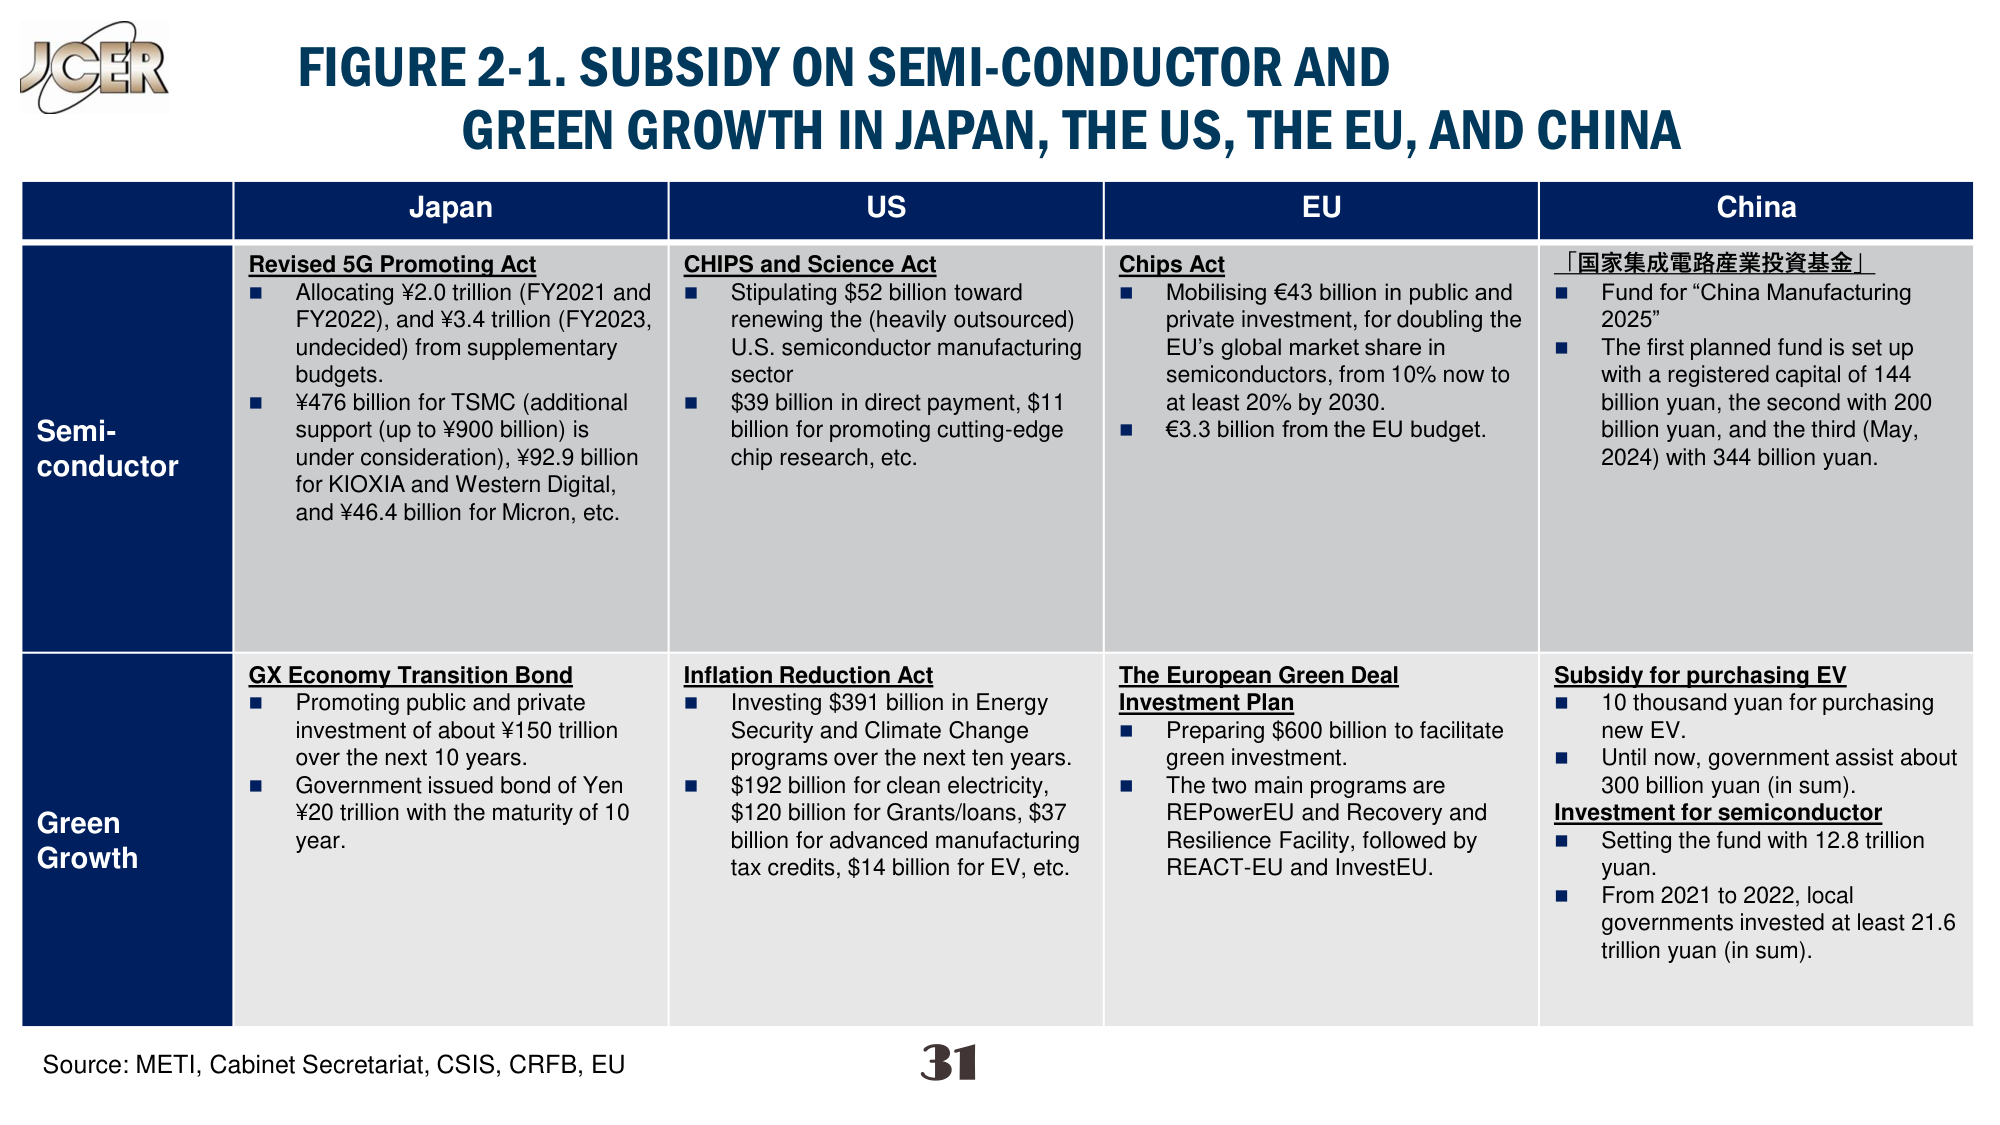
FIGURE 2-1. SUBSIDY ON SEMI-CONDUCTOR AND GREEN GROWTH IN JAPAN, THE US, THE EU, AND CHINA

Semi-conductor

Japan
Revised 5G Promoting Act
■ Allocating ¥2.0 trillion (FY2021 and FY2022), and ¥3.4 trillion (FY2023, undecided) from supplementary budgets.
■ ¥476 billion for TSMC (additional support (up to ¥900 billion) is under consideration), ¥92.9 billion for KIOXIA and Western Digital, and ¥46.4 billion for Micron, etc.

US
CHIPS and Science Act
■ Stipulating $52 billion toward renewing the (heavily outsourced) U.S. semiconductor manufacturing sector
■ $39 billion in direct payment, $11 billion for promoting cutting-edge chip research, etc.

EU
Chips Act
■ Mobilising €43 billion in public and private investment, for doubling the EU’s global market share in semiconductors, from 10% now to at least 20% by 2030.
■ €3.3 billion from the EU budget.

China
「国家集成電路産業投資基金」
■ Fund for “China Manufacturing 2025”
■ The first planned fund is set up with a registered capital of 144 billion yuan, the second with 200 billion yuan, and the third (May, 2024) with 344 billion yuan.

Green Growth

Japan
GX Economy Transition Bond
■ Promoting public and private investment of about ¥150 trillion over the next 10 years.
■ Government issued bond of Yen ¥20 trillion with the maturity of 10 year.

US
Inflation Reduction Act
■ Investing $391 billion in Energy Security and Climate Change programs over the next ten years.
■ $192 billion for clean electricity, $120 billion for Grants/loans, $37 billion for advanced manufacturing tax credits, $14 billion for EV, etc.

EU
The European Green Deal Investment Plan
■ Preparing $600 billion to facilitate green investment.
■ The two main programs are REPowerEU and Recovery and Resilience Facility, followed by REACT-EU and InvestEU.

China
Subsidy for purchasing EV
■ 10 thousand yuan for purchasing new EV.
■ Until now, government assist about 300 billion yuan (in sum).
Investment for semiconductor
■ Setting the fund with 12.8 trillion yuan.
■ From 2021 to 2022, local governments invested at least 21.6 trillion yuan (in sum).

Source: METI, Cabinet Secretariat, CSIS, CRFB, EU
31